Report on vaccination in Madras 1904-1921 - 1904-1921
Year: 1904
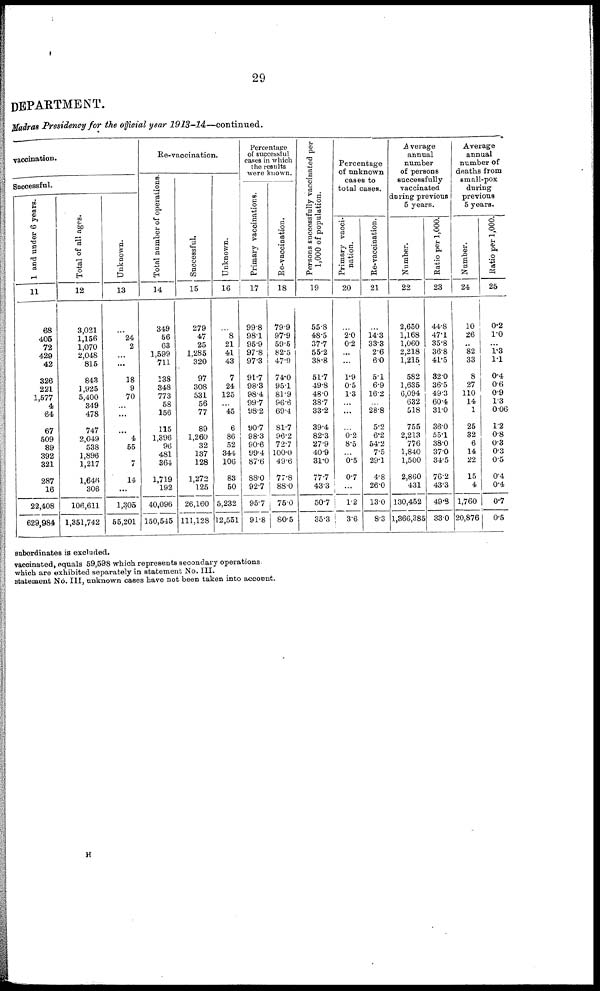
29
DEPARTMENT.
Madras Presidency for the official year 1913-14—continued.
vaccination.
Successful.
1 and under 6 years.
11
68
405
72
429
42
326
221
1,577
4
64
67
509
89
392
321
287
16
22,408
629,984
Total of all ages.
12
3,021
1,156
1,070
2,048
815
843
1,925
5,400
349
478
747
2,049
538
1,896
1,217
1,646
306
106,611
1,351,742
Unknown.
13
...
24
2
...
...
18
9
70
...
...
...
4
55
...
7
14
...
1,305
55,201
Re-vaccination.
Total number of operations.
14
349
56
63
1,599
711
138
348
773
58
156
115
1,396
96
481
364
1,719
192
40,096
150,545
Successful.
15
279
47
25
1,285
320
97
308
531
56
77
89
1,260
32
137
128
1,272
125
26,160
111,128
Unknown.
16
...
8
21
41
43
7
24
125
... 45
6
86
52
344
106
83
50
5,232
12,551
Percentage
of successful
cases in which
the results
were known.
Primary vaccinations.
17
99.8
98.1
95.9
97.8
97.3
91.7
98.3
98.4
99.7
98.2
90.7
98.3
90.6
99.4
87.6
88.0
92.7
95.7
91.8
Re-vaccination.
18
79.9
97.9
59.5
82.5
47.9
74.0
95.1
81.9
96.6
69.4
81.7
96.2
72.7
100.0
49.6
77.8
88.0
75.0
80.5
Persons successfully vaccinated per
1,000 of population.
19
55.8
48.5
37.7
55.2
38.8
51.7
49.8
48.0
38.7
33.2
39.4
82.3
27.9
40.9
31.0
77.7
43.3
50.7
35.3
Percentage
of unknown
cases to
total cases.
Primary vacci-
nation.
20
...
2.0
0.2
...
...
1.9
0.5
1.3
...
...
...
0.2
8.5
...
6.5
0.7
...
1.2
3.6
Re-vaccination.
21
...
14.3
33.3
2.6
6.0
5.1
6.9
16.2
28.8
5.2
6.2
54.2
7.5
29.1
4.8
26.0
13.0
8.3
Average
annual
number
of persons
successfully
vaccinated
during previous
5 years.
Number.
22
2,650
1,168
1,060
2,218
1,215
582
1,635
6,094
632
518
755
2,213
776
1,840
1,500
2,860
431
130,452
1,366,385
Ratio per 1,000.
23
44.8
47.1
35.8
36.8
41.5
32.0
36.5
49.3
60.4
31.0
36.0
55.1
38.0
37.0
34.5
76.2
43.3
49.8
33.0
Average
annual
number of
deaths from
small-pox
during
previous
5 years.
Number.
24
10
26
...
82
33
8
27
110
14
1
25
32
6
14
22
15
4
1,760
20,876
Ratio per 1,000.
25
0.2
1.0
... 1.3
1.1
0.4
0.6
0.9
1.3
0.06
1.2
0.8
0.3
0.3
0.5
0.4
0.4
0.7
0.5
subordinates is excluded.
vaccinated, equals 59,598 which represents secondary operations
which are exhibited separately in statement No. III.
statement No. III, unknown cases have not been taken into account.